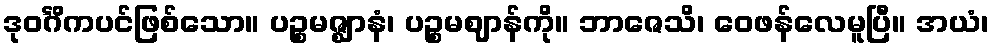
ဒုဝင်္ဂိကပင်ဖြစ်သော။ ပဉ္စမဇ္ဈာနံ၊ ပဉ္စမဈာန်ကို။ ဘာဇေသိ၊ ဝေဖန်လေမူပြီ။ အယံ၊